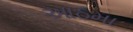
આઠમા